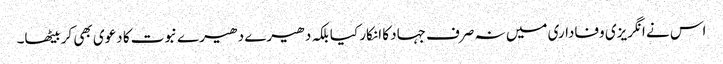
اس نے انگریزی وفاداری میں نہ صرف جہاد کا انکار کیا بلکہ دھیرے دھیرے نبوت کا دعوی بھی کر بیٹھا۔